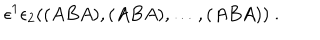
\epsilon ^ { 1 } \epsilon _ { 2 } ( ( A B A ) , ( A B A ) , \dots , ( A B A ) ) \ .